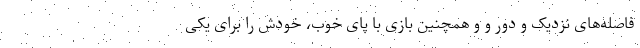
فاصله‌های نزدیک و دور و و همچنین بازی با پای خوب، خودش را برای یکی